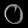
Digit: ၀